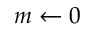
m \leftarrow 0